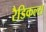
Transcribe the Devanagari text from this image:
रैडिकल्स